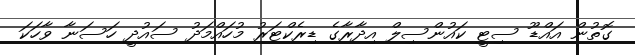
ގޮތުން އައްޑޫ ސިޓީ ކައުންސިލް އިދާރާގެ ޑިރެކްޓަރު މުހައްމަދު ސައުދީ ހަސަނާ ވާހަކަ